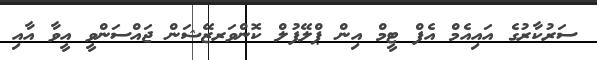
ސަރުކާރުގެ އައިއެމް އެފް ޓީމް އިން ޕްލޭފުލް ކޮންވަރޒޭޝަން ޖައްސަންވީ އީވާ އާއި